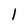
Character: 1